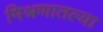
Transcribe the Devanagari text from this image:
मिश्रणातल्या